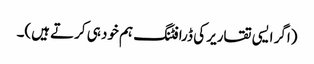
(اگر ایسی تقاریر کی ڈرافٹنگ ہم خود ہی کرتے ہیں)۔